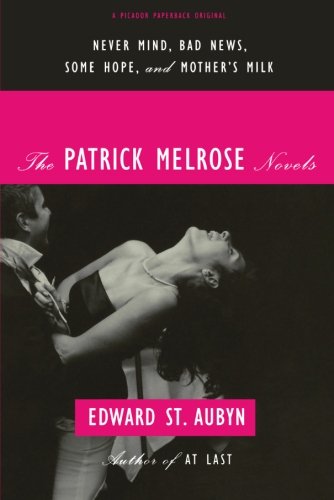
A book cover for The Patrick Melrose Novels: Never Mind, Bad News, Some Hope, and Mother's Milk; Edward St. Aubyn; Literature & Fiction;